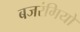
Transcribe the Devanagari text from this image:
बजरंगियों